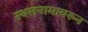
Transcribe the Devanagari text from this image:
स्थलनामावरून